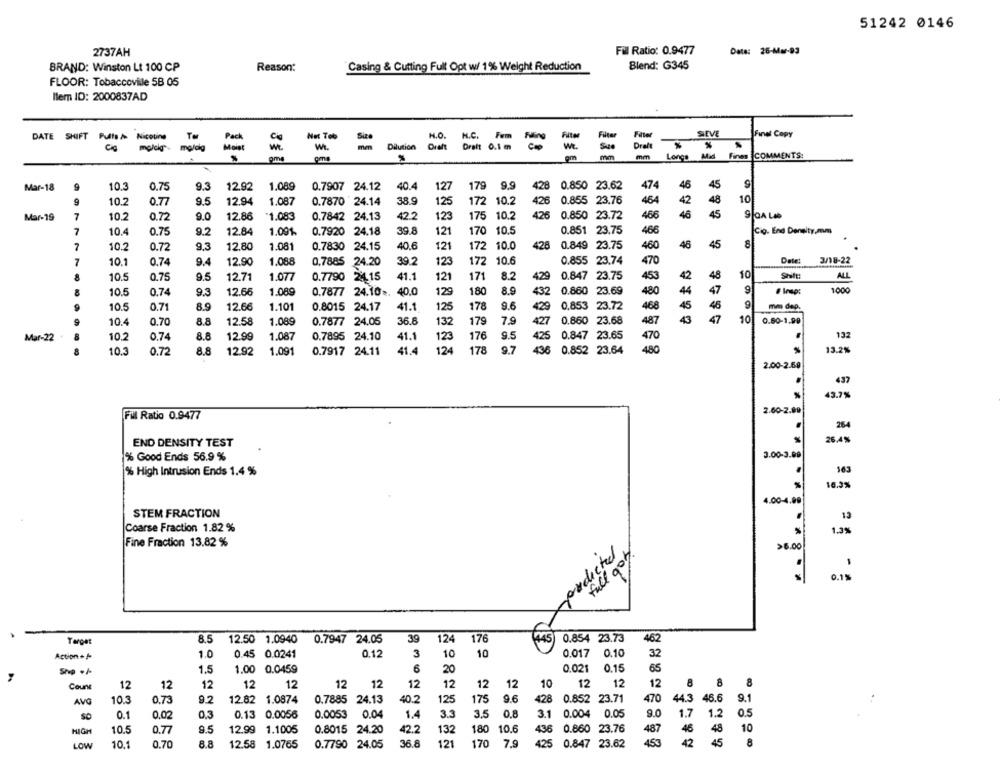
51242 0146
2737AH
Fil Ratio: 0.9477
Date: 26-Mar-93
BRAND: Winston Lt 100 CP
Reason:
Casing & Cutting Full Opt w/ 1% Weight Reduction
Blend: G345
FLOOR: Tobaccovile 5B 05
Ilem ID: 2000837AD
SIEVE
Final Copy
DATE SHIFT Pulls/ Nicotine
Net Tob
Size
H.O. H.C. Fem
Fem
Filter
melding
WI.
-
Dilution
we
Sue
Draft
ama
mm
mm Longs Mid Fines COMMENTS:
pm
Mar-18
9
10.3
0.75
9.3
12.92
1.089
0.7907 24.12
40.4
127
179
9.9
0.850 23.62
474
46
45
428
9
10.2
9.5
12.94
1.087
0.7870 24.14
38.9
125
172 10.2
426
0.855 23.76
464
42
48
10
0.77
Mar-19
7
10.2
0.72
9.0
12.86
1.083
0.7842 24.13
42.2
123
175
10.2
426
0.850 23.72
466
46
45
7
10.4
0.75
9.2
12.84
1.09%
0.7920 24.18
39.8
121
170 10.5
0.851 23.75
466
Cig. End Density,mm
7
10.2
0.72
9,3
12.80
1.081
0.7830 24.15
40.6
121
172 10.0
428
0.849 23.75
460
46
45
8
7
10.1
0.74
9.4
12.90
1.088
0,7885 24.20
39.2
123
172 10.6
0.855 23.74
470
Date:
3/18-22
10.5
0.75
9.5
12.71
1.077
0.7790 24.15
41.1
121
171
8.2
429
0.847 23.75
453
42
48
10
Shift:
ALL
10.5
0.74
9.3
12.66
1.089
0.7877 24.10 ..
40.0
129
180
8.9
432
0.860 23.69
480
44
47
1000
10.5
0.71
8.9
12.66
1.101
0.8015 24.17
41.1
125
178
9.6
429
0,853 23.72
468
45
46
mm dep.
10.4
0.70
8.8
12.58
1.089
0.7877 24.05
36.8
132
179
7.9
427
0.860 23.68
487
43
47
10
0.60-1.99
132
Mar-22
10.2
0.74
8.8
12.99
1.087
0.7895 24.10
41.1
123
176
0.847 23.65
470
.. 1.
9.7
480
13.2%
10.3
0.72
8.8
12.92
1.091
0.7917 24.11
41.4
124
178
0.852 23.64
2.00-2.59
437
43.71
*
2.60-2.99
Fill Ratio 0.9477
264
26.4%
END DENSITY TEST
% Good Ends 56.9 %
3.00-3.00
% High Intrusion Ends 1.4 %
.
163
16.3%
4.004.00
STEM FRACTION
12
Coarse Fraction 1.82%
1.3%
Fine Fraction 13.82 %
verdictel.
>6.00
full gor.
.
0.1%
Target
8.5
12.50 1.0940
0.7947 24.05
39
124
176
0.854 23.73
462
Action ++
1.0
0.45 0.0241
0.12
3
10
10
0.017
0.10
32
Ship ./
1.5
1.00 0.0459
6
20
0.15
65
Count
12
12
12
12
12
12
12
12
12
12
12
10
12
12
12
8 8
8
AVO
10.3
0.73
9.2
12.82 1.0874
0.7885 24.13
40.2
125
175
9.6
428
0.852 23.71
470
44.3 46.6
9.1
0.8
9.0
1.7
1.2
0.5
SO
0.1
0.02
0.3
0.13 0.0056
0.0053
0.04
1.4
3.3
3.5
3.1
0.004 0.05
42.2
10.6
487
46
48
10
HIGH
10.5
0.77
9.5
12.99 1.1005
0.8015 24.20
132
180
436
0.860 23.76
10.1
0.70
8.8
12.58 1.0765
0.7790 24.05
36.8
121
170
7.9
425
0.847 23.62
453
42
45
8
LOW